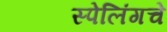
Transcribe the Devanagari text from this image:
स्पेलिंगचे